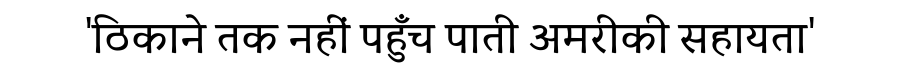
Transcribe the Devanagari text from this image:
'ठिकाने तक नहीं पहुँच पाती अमरीकी सहायता'